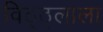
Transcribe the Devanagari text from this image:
विठ्ठ्लाला